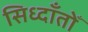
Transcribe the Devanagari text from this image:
सिध्दाँतोँ